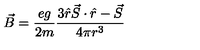
\vec { B } = { \frac { e g } { 2 m } } { \frac { 3 \hat { r } \vec { S } \cdot \hat { r } - \vec { S } } { 4 \pi r ^ { 3 } } }